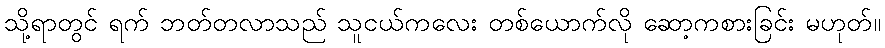
သို့ရာတွင် ရက် ဘတ်တလာသည် သူငယ်ကလေး တစ်ယောက်လို ဆော့ကစားခြင်း မဟုတ်။